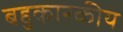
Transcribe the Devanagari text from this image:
बहुकारकीय